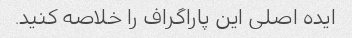
ایده اصلی این پاراگراف را خلاصه کنید.